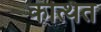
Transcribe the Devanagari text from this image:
कत्थित